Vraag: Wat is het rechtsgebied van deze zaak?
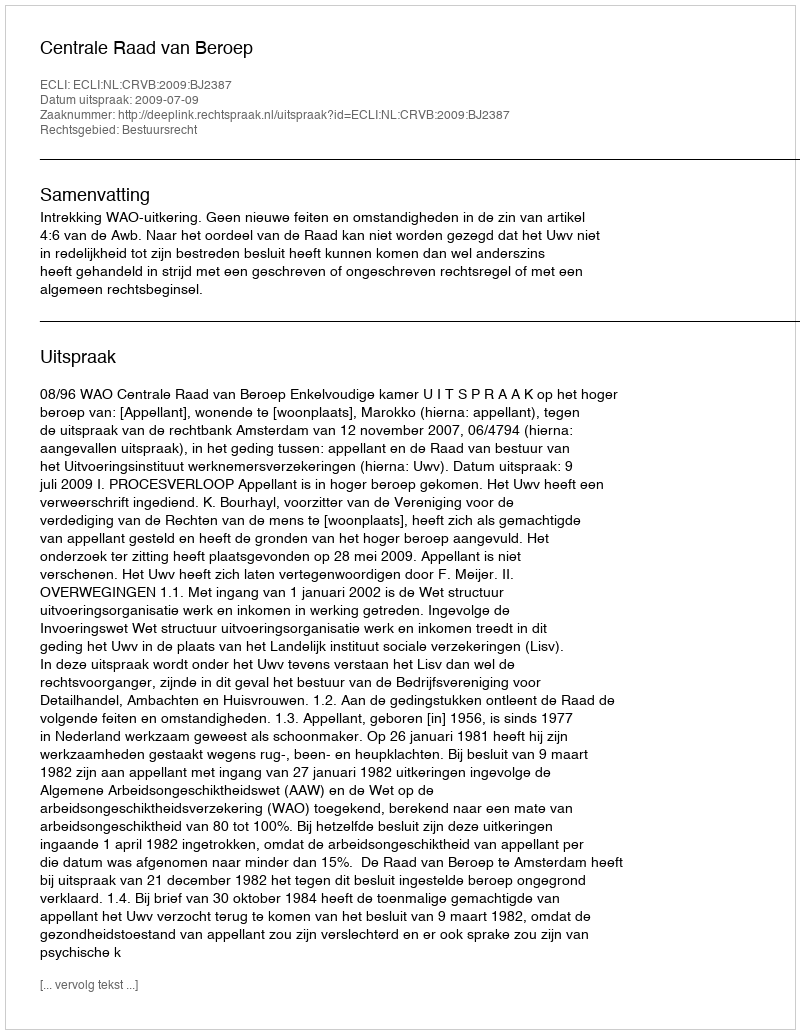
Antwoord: Bestuursrecht